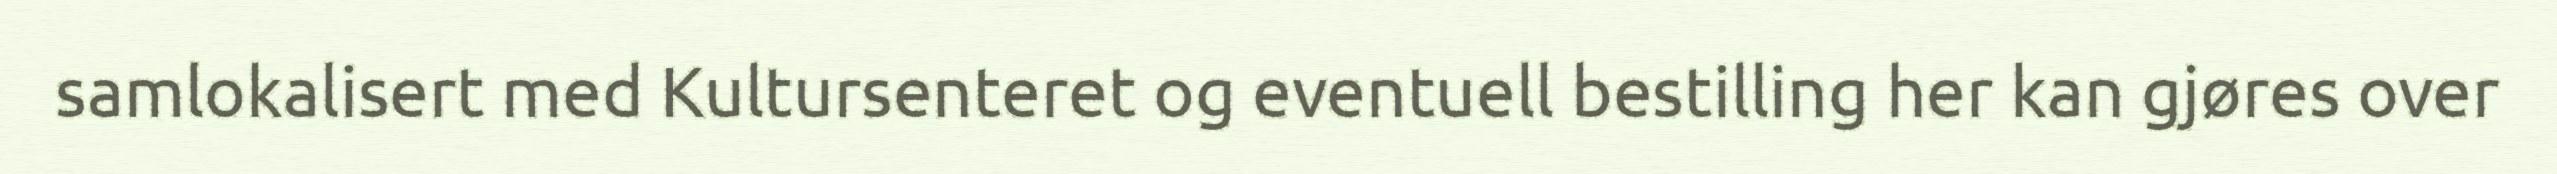
samlokalisert med Kultursenteret og eventuell bestilling her kan gjøres over